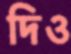
দিও